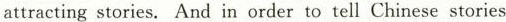
attracting stories. And in order to tell Chinese stories